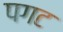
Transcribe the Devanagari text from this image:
पगट